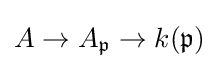
A\to A_{\mathfrak {p}}\to k({\mathfrak {p}})